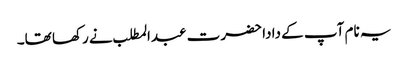
یہ نام آپ کے دادا حضرت عبدالمطلب نے رکھا تھا۔